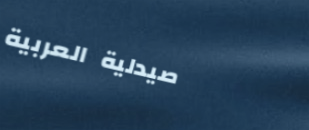
صيدلية العربية